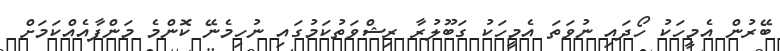
ބޭރުން އެމީހަކު ހޯދައި ނުވަތަ އެމީހަކު ގަބޫލުރާ ރިޝްވަތުކަމުގައި ނުހިމެނޭ ކޮންމެ މަންފާއެއްކަމަށް